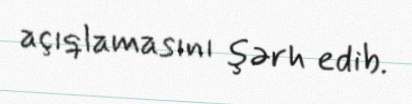
açıqlamasını şərh edib.